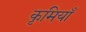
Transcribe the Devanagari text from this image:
कृमियाँ